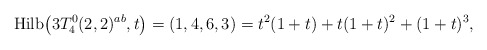
\begin{gather*}{\rm Hilb}\big(3T_4^{0}(2,2)^{ab},t\big)=(1,4,6,3)=t^2(1+t)+t(1+t)^2+(1+t)^3,\end{gather*}